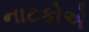
નાટકોએ